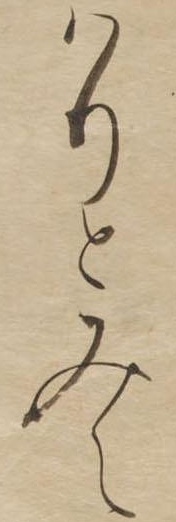
はりとみえ